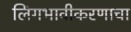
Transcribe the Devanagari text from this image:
लिंगभावीकरणाचा